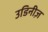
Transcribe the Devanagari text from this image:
उडिनीज़